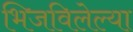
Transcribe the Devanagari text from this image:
भिजविलेल्या